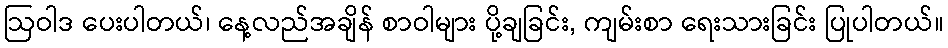
ဩဝါဒ ပေးပါတယ်၊ နေ့လည်အချိန် စာဝါများ ပို့ချခြင်း, ကျမ်းစာ ရေးသားခြင်း ပြုပါတယ်။